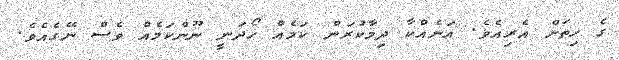
ގެ ހިތަށް އެރިއެވެ. އަނެއްކާ ދިމާކުރަން ކަމެއް ހޯދަނީ ނޫންކަމެއް ވެސް ނޭގެއެވެ.